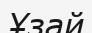
Ұзай